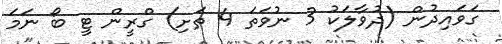
ގަވައިދުން (ދުވާލަކު 3 ނުވަތަ 4 ތަށި) ގްރީން ޓީ ބޯ ނަމަ